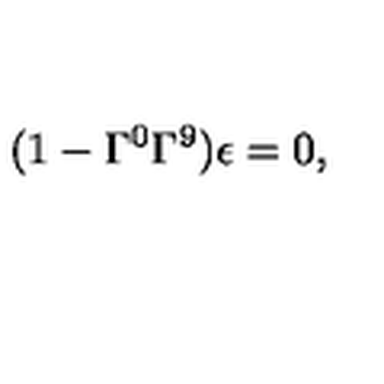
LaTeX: ( 1 - \Gamma ^ { 0 } \Gamma ^ { 9 } ) \epsilon = 0 ,